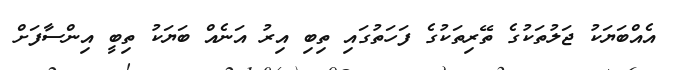
އެއްބަޔަކު ޖަލުތަކުގެ ތޭރިތަކުގެ ފަހަތުގައި ތިބި އިރު އަނެއް ބަޔަކު ތިބީ އިންސާފަށް